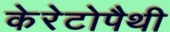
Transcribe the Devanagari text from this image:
केरेटोपैथी